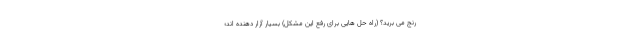
رنج می برید؟ (راه حل هایی برای رفع این مشکل) بسیار آزار دهنده اند؛